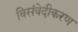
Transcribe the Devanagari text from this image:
विसंवेदीकरण